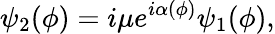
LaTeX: \psi_{2}(\phi)=i\mu e^{i\alpha(\phi)}\psi_{1}(\phi),